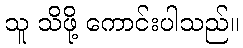
သူ သိဖို့ ကောင်းပါသည်။